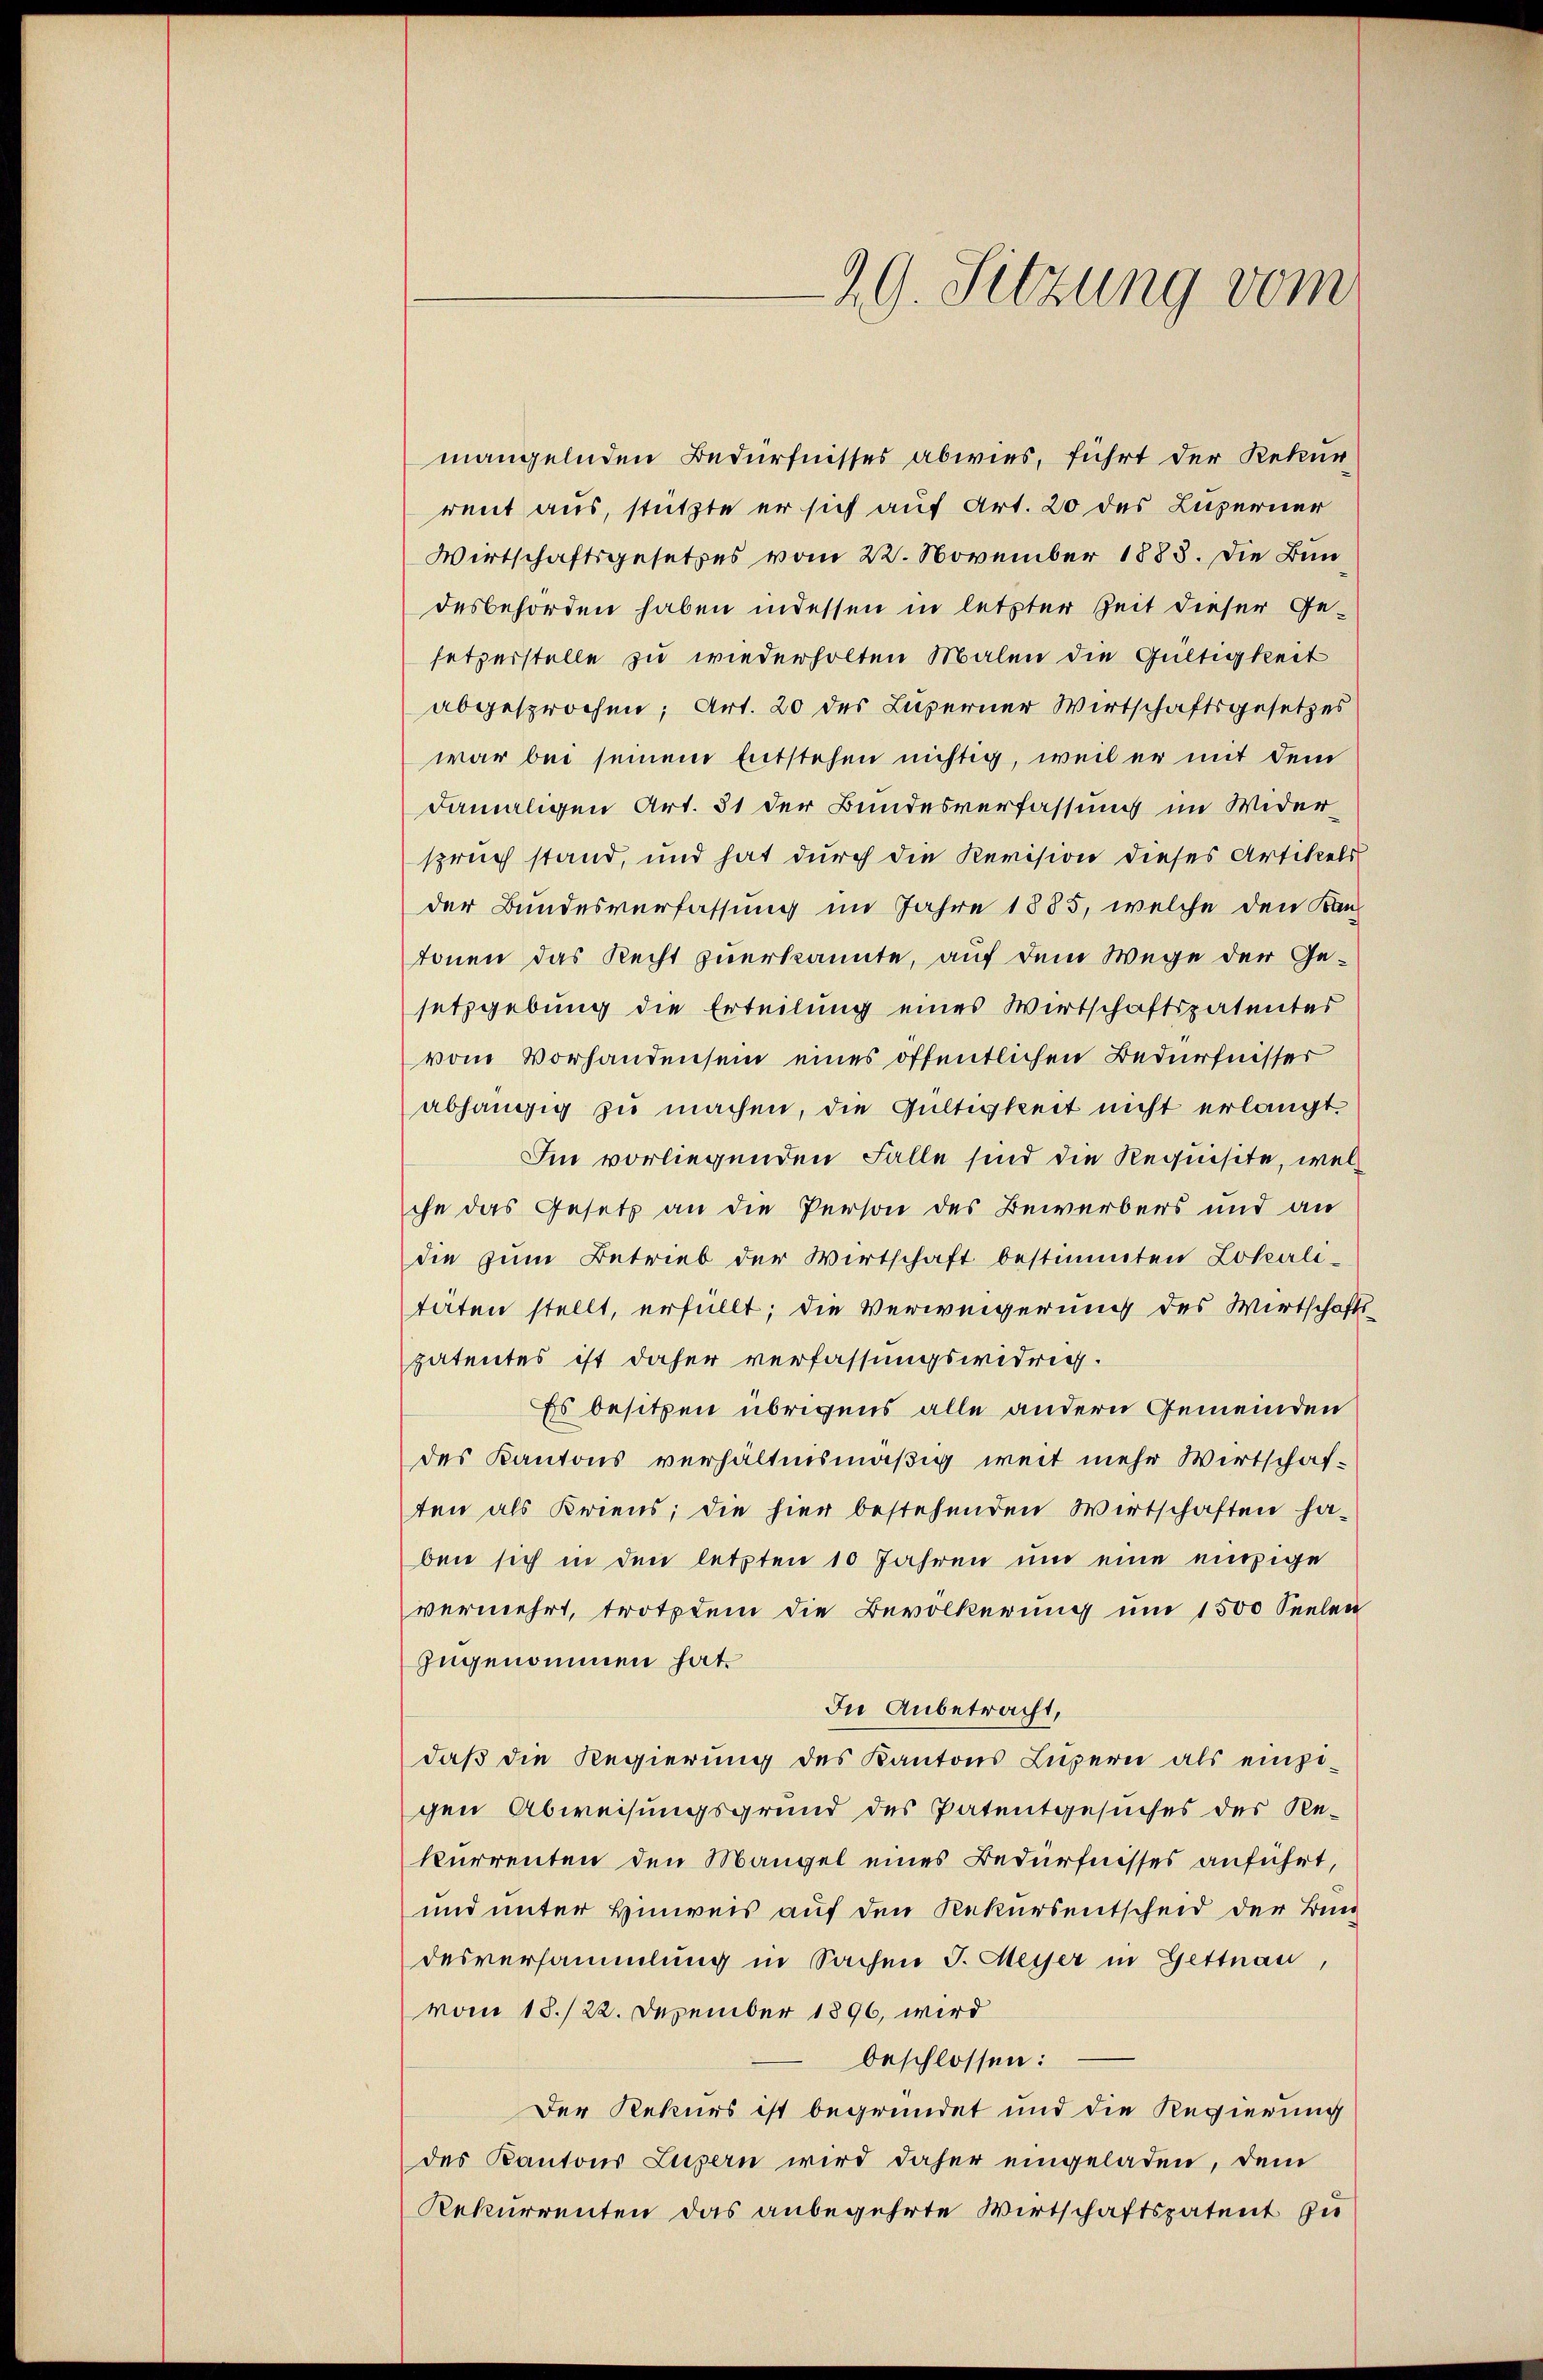
mangelnden Bedürfnisses abwies, führt der Rekurreut aus, stützte er sich auf Art. 20 des Luzerner
Wirtschaftsgesetzes vom 22. November 1883. Die Bundesbehörden haben indessen in letzter Zeit dieser Ge-
setzerstelle zu wiederholten Malen die Gültigkeit
abgesprochen; Art. 20 des Luzerner Wirtschaftsgesetzes
war bei seinem Entstehen nichtig, weil er mit dem
damaligen Art. 31 der Bundesverfassung im Widerspruch stand, und hat durch die Revision dieses Artikels
der Bundesverfassung im Jahre 1885, welche den Kanz
tonen das Recht zuerkannte, auf dem Wege der Gesetzgebung die Erteilung eines Wirtschaftspatentes
vom Vorhandensein eines öffentlichen Bedürfnisser
abhängig zu machen, die Gültigkeit nicht erlangt.
Im vorliegenden Falle sind die Requisite, welche das Gesetz an die Person des Bewerbers und an
die zum Betrieb der Wirtschaft bestimmten Lokali-
täten stellt, erfüllt; die Verweigerung des Wirtschafts-
patentes ist daher verfassungswidrig.
Es besitzen übrigens alle andern Gemeinden
des Kantons verhältnismäßig weit mehr Wirtschaften als Kriens; die hier bestehenden Wirtschaften haben sich in den letzten 10 Jahren und eine einzige
vermehrt, trotzdem die Bevölkerung um 1500 Seelen
zugenommen hat.
In Anbetracht,
daß die Regierung des Kantons Luzern als eingegen Abweisungsgrund des Patentgesuches des Rekurrenten den Mangel eines Bedürfnisses anführt,
und unter Hinweis auf den Rekursentscheid der Bun
desversammlung in Sachen J. Meyer in Gettnau,
vom 18./22. Dezember 1896, wird
beschlossen:
Der Rekurs ist begründet und die Regierung
des Kantons Luzern wird daher eingeladen, dem
Rekurrenten das anbegehrte Wirtschaftspatent zu

29. Sitzung vom